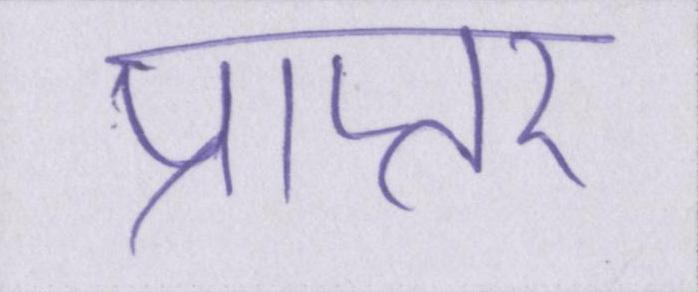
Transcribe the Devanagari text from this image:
प्राप्तर